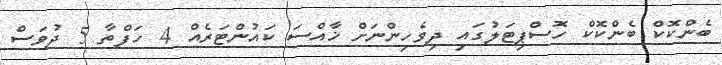
ބެންކޮކް ބެންކޮކް ހޮސްޕިޓަލުގައި ދިވެހިންނަށް ޚާއްސަ ކައުންޓަރެއް 4 ހަފްތާ 5 ދުވަސް